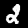
Digit: 2